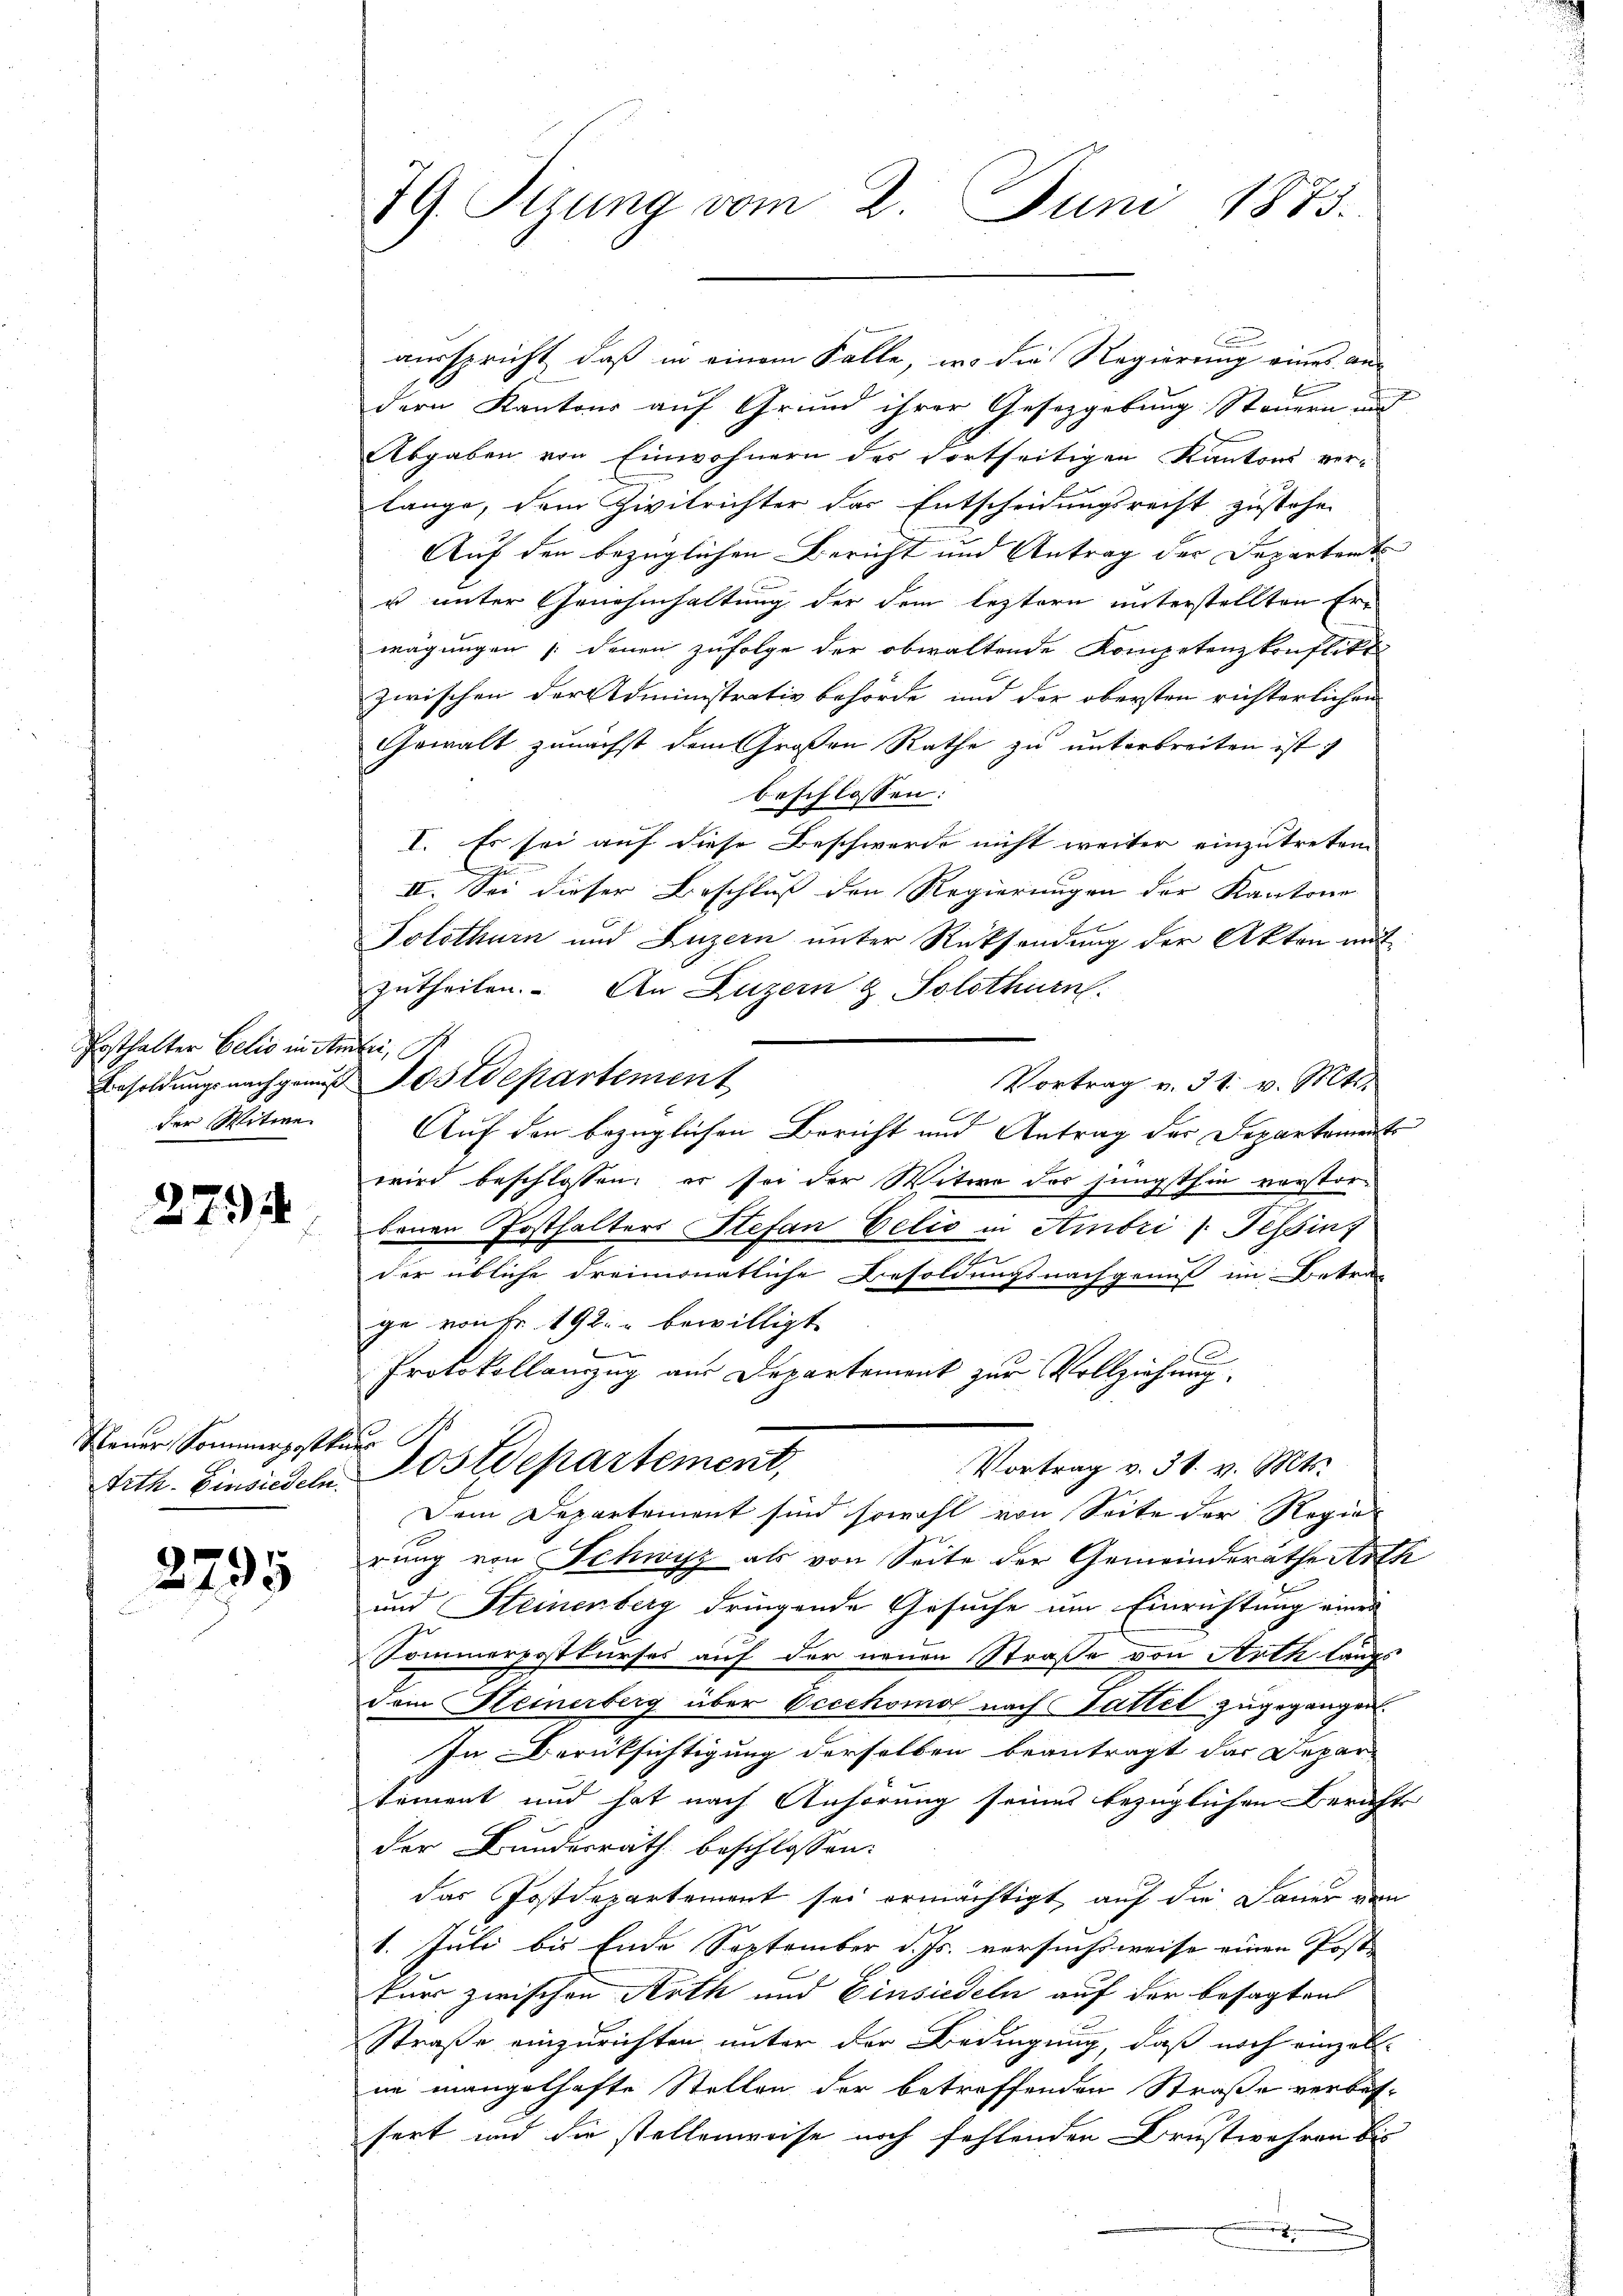
Posthalter Eelio in Am
Besoldungsnachgemus
der Mitere

2794

Neuer Sommerposten
Tith. Einsiedeln.

2795

IG. Sizung vom 2. Juni 1873.

ausspricht, daß in einem Falle, wo die Regierung eines ans
dern Kantons auf Grund ihrer Gesetzgebung Steuern und
Abgaben von Einwohnern des dortseitigen Kantons ver-
lange, dem Zivilrichter das Entscheidungsrecht zustehen
Auf den bezüglichen Bericht und Antrag der Departamts
u unter Genehmhaltung der dem leztern unterstellten Erwägungen denen zufolge der obwaltende Kompetenzkonflikt
zwischen der Administrativ behörde und der obersten richterlichen
Gewalt zunächst dem Großen Rathe zu unterbreiten ist.
beschlossen:
I. Es sei auf diese Beschwerde nicht weiter einzutreten
II. Sei dieser Beschluß den Regierungen der Kantone
Solothurn und Luzern unter Rücksendung der Akten mit
zutheilen. An Luzern & Solothurn
l
Postdepartement
Vortrag v. 31. v. Mtt.
Auf den bezüglichen Bericht und Antrag der Departement
wird beschlossen: er sei der Witwe des jüngsthin vorstor-
benen Posthalters Stefan Eelis in Ambri (Tessin,
.
der übliche dreimonatliche Besoldungsnachgenuß ein Betra
ge von Fr. 492. bewilligt
Protokollanzug aus Departement zur Vollziehung.
 S
Postdepartement,
Vortrag v. 31. v. Mts.
Dem Departement sind sowohl von Seite der Regie
rung von Schwyz als von Seite der Gemeinderathe Arth
und Steinenberg dringende Gesuche um Einrichtung einer
Sommerpostkurses auf der neuen Straße von Arth langs
dem Hemerberg über Occchomo nach Sattel zugegangen.
In Berüksichtigung derselben beantragt das Depar-
tement und hat nach Anhörung seines bezüglichen Bericht
der Bundesrath beschlossen:
das Postdepartement sei ermächtigt, auf die Dauer von
1. Juli bis Ende September d. Js. versuchsweise einen Post- |
tur zwischen Arth und Einsiedeln auf der besagten
Straße einzurichten unter der Bedingung, daß noch einzell.
ne mangelhafte Stellen der betreffenden Straße verbes-
sert und die stellenweise noch fehlenden Drustwehren bis